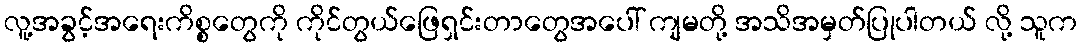
လူ့အခွင့်အရေးကိစ္စတွေကို ကိုင်တွယ်ဖြေရှင်းတာတွေအပေါ် ကျမတို့ အသိအမှတ်ပြုပါတယ် လို့ သူက